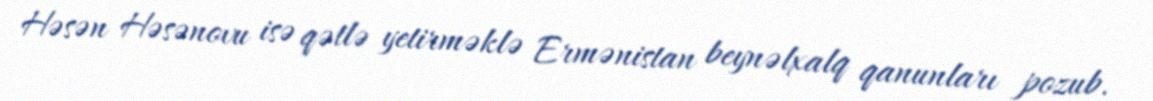
Həsən Həsənovu isə qətlə yetirməklə Ermənistan beynəlxalq qanunları pozub.